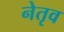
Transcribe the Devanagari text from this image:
नेतृव